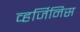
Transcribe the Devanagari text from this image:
व्हर्जिनिस